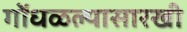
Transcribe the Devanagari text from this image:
गोंधळल्यासारखी